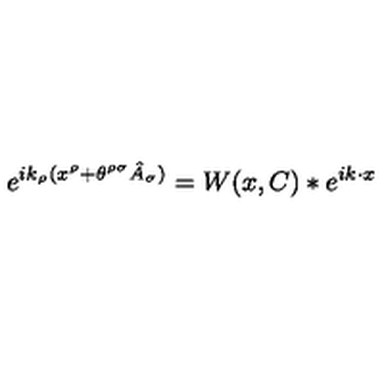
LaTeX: e ^ { i k _ { \rho } ( x ^ { \rho } + \theta ^ { \rho \sigma } \hat { A } _ { \sigma } ) } = W ( x , C ) \ast e ^ { i k \cdot x }